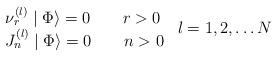
LaTeX: \begin{align*}\begin{array}{l}\nu _r^{\left( l\right) }\mid \Phi \rangle =0\qquad r>0 \\J_n^{\left( l\right) }\mid \Phi \rangle =0\qquad n>0\end{array}\begin{array}{c}l=1,2,\ldots N \\\end{array}\end{align*}